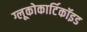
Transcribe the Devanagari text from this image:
ग्लूकोकार्टिकॉइड